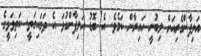
އަލިފާންގެރިއަށް ލިބުނީ ހައިރާން ކަމެވެ. އެ ބޮޑު އަލިފާންގުޅަ އެ ދަމައިގަތީ